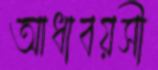
আধাবয়সী